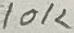
Text: 10K